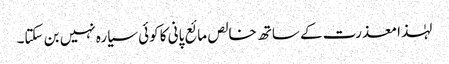
لہٰذا معذرت کے ساتھ خالص مائع پانی کا کوئی سیارہ نہیں بن سکتا۔